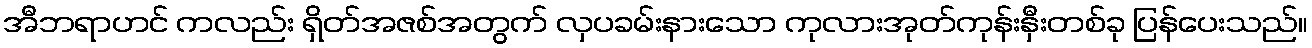
အီဘရာဟင် ကလည်း ရှိတ်အဇစ်အတွက် လှပခမ်းနားသော ကုလားအုတ်ကုန်းနှီးတစ်ခု ပြန်ပေးသည်။